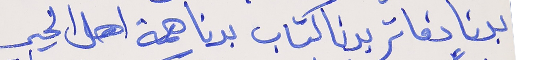
بدنا دفاتر بدنا كتاب      بدنا همة اهل الخير